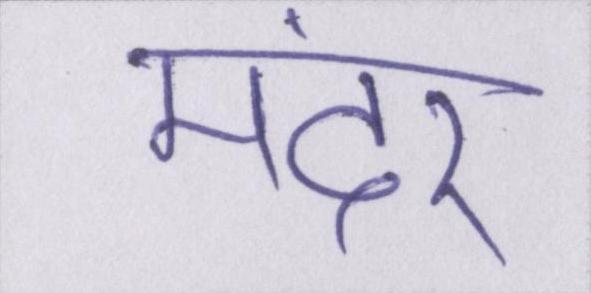
मंदेर